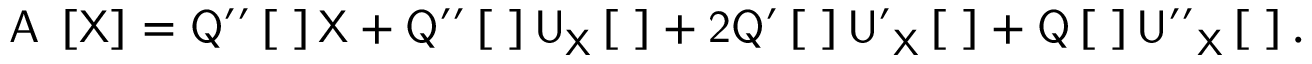
\sf A _ { \tau } \left[ \sf X \right] = \sf { Q ^ { \prime \prime } } \left[ \tau \right] \sf { X } + \sf { Q ^ { \prime \prime } } \left[ \tau \right] \sf { U } _ { \sf X } \left[ \tau \right] + 2 \sf { Q ^ { \prime } } \left[ \tau \right] \sf { U ^ { \prime } } _ { \sf X } \left[ \tau \right] + \sf { Q } \left[ \tau \right] \sf { U ^ { \prime \prime } } _ { \sf X } \left[ \tau \right] .